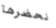
نحضرها